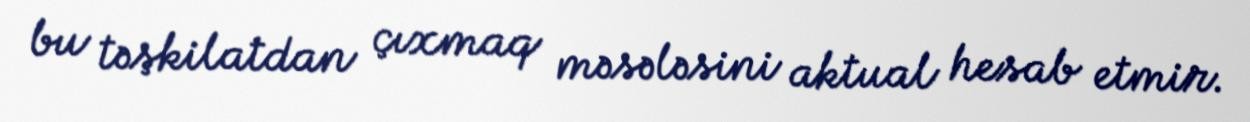
bu təşkilatdan çıxmaq məsələsini aktual hesab etmir.